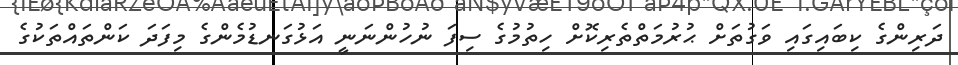
ދަރިންގެ ކިބައިގައި ވަގުތަށް ޙުރުމަތްތެރިކޮށް ހިތުމުގެ ސިފަ ނުހުންނަނީ އަޅުގަނޑުމެންގެ މިފަދަ ކަންތައްތަކުގެ